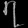
Digit: ၇